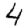
Digit: 4